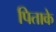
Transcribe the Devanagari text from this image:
पिताके